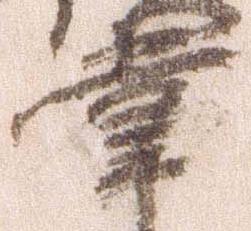
掌